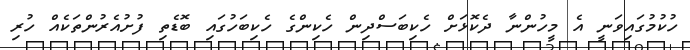
ހުކުމުގައިވަނީ އެ މީހުންނާ ދެކޮޅަށް ހެކިބަސްދިން ހެކިންގެ ހެކިބަހުގައި ބޮޑެތި ފުށުއެރުންތަކެއް ހުރި